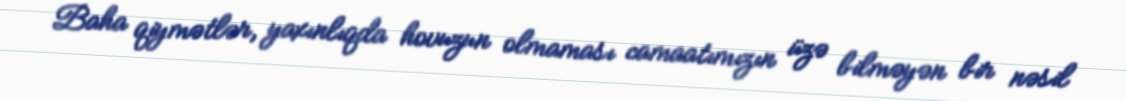
Baha qiymətlər, yaxınlıqda hovuzun olmaması camaatımızın üzə bilməyən bir nəsil